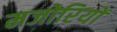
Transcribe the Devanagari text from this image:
मजोरियों